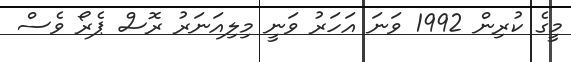
މީގެ ކުރިން 1992 ވަނަ އަހަރު ވަނީ މިލިއަނަރު ރޮސް ޕެރޯ ވެސް